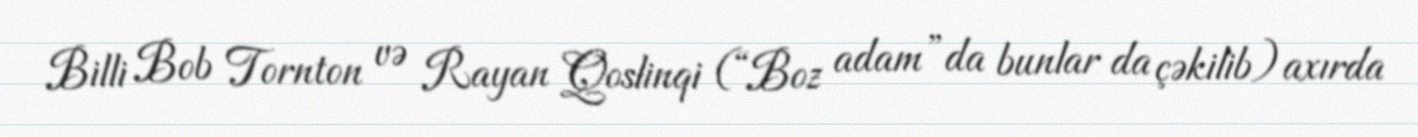
Billi Bob Tornton və Rayan Qoslinqi (“Boz adam”da bunlar da çəkilib) axırda